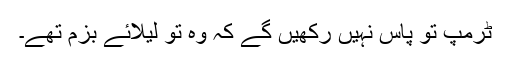
ٹرمپ تو پاس نہیں رکھیں گے کہ وہ تو لیلائے بزم تھے۔